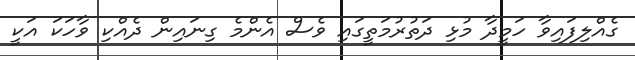
ގެއްލިފައިވާ ހަމީދާ މުޅި ދަތުރުމަތީގައި ވެސް އެންމެ ގިނައިން ދެއްކި ވާހަކަ އަކީ